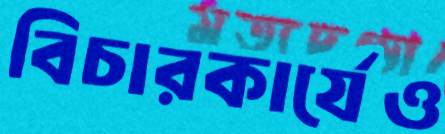
বিচারকার্যেও